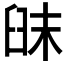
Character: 𦥦